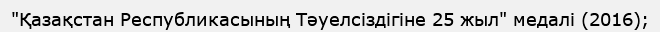
"Қазақстан Республикасының Тәуелсіздігіне 25 жыл" медалі (2016);